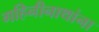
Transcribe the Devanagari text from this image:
गहिनीनाथांना